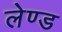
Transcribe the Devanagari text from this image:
लेण्ड